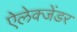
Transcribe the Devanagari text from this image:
ऐलेक्जेंडर